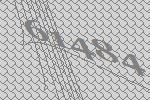
61484